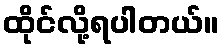
ထိုင်လို့ရပါတယ်။